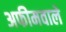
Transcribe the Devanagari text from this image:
अफीमवाले